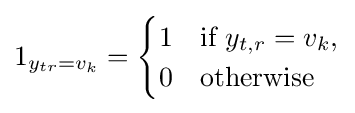
1_{y_{tr}=v_{k}}={\begin{cases}1&{\text{if }}y_{t,r}=v_{k},\\0&{\text{otherwise}}\end{cases}}